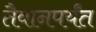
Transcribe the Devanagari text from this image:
तैवानपर्यंत